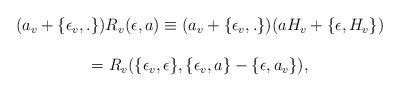
LaTeX: \begin{align*} \begin{array}{c} (a_v+\{\epsilon_v,.\})R_v(\epsilon,a)\equiv(a_v+\{\epsilon_v,.\})(a H_v+\{ \epsilon,H_v\}) \\ \\ =R_v(\{\epsilon_v,\epsilon\},\{\epsilon_v,a \}-\{\epsilon,a_v\}), \end{array}\end{align*}